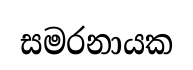
සමරනායක